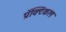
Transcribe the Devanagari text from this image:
प्रॅक्टिकल